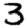
Digit: 3